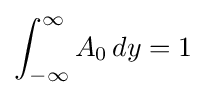
\int _{-\infty }^{\infty }A_{0}\,dy=1